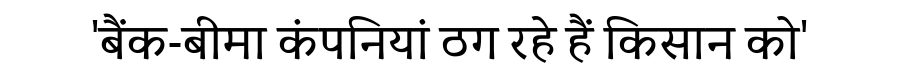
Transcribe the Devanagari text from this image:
'बैंक-बीमा कंपनियां ठग रहे हैं किसान को'